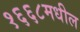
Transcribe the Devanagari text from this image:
१६६८मधील